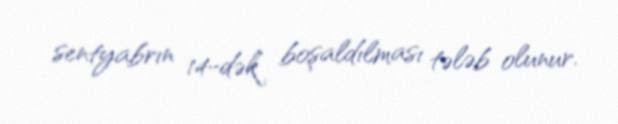
sentyabrın 14-dək boşaldılması tələb olunur.